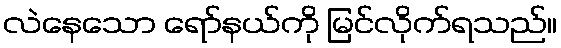
လဲနေသော ရော်နယ်ကို မြင်လိုက်ရသည်။